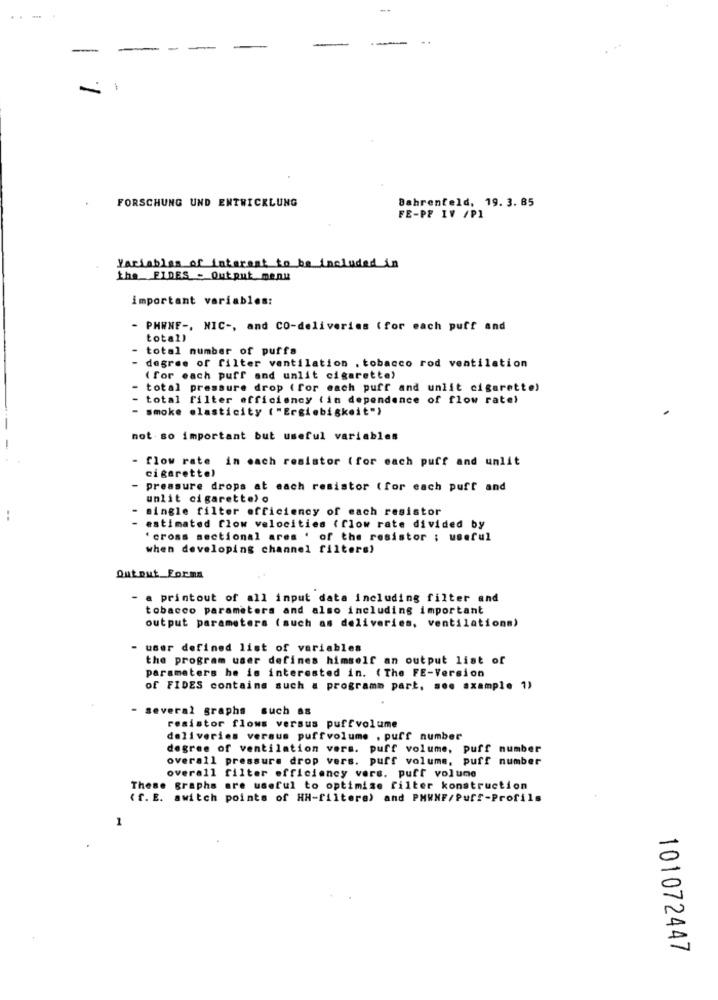
-
-
FORSCHUNG UND ENTWICKLUNG
Bahrenfeld, 19. 3. 85
FE-PP IV /P1
Variables of interest to be included in
the FIDES - Output manu
important variables:
- PHWNF -, NIC -, and CO-deliveries (for each puff and
total)
- total number of puffs
degree of filter ventilation . tobacco rod ventilation
( for each puff and unlit cigarette)
total pressure drop ( for each puff and unlit cigarette)
total filter efficiency (in dependence of flow rate}
- smoke elasticity ("Ergiebigkeit")
...
not so important but useful variables
- flow rate in each resistor (for each puff and unlit
cigarettel
- pressure drops at each resistor (for each puff and
unlit cigarette> o
single filter efficiency of each resistor
:
estimated flow velocities (flow rate divided by
'cross sectional ares ' of the resistor ; useful
when developing channel filters)
Qutout Forma
- a printout of all input data including filter and
tobacco parameters and also including important
output parameters (such as deliveries, ventilations)
- user defined list of variables
the program user defines himself an output list of
parameters he is interested in. (The FE-Version
of FIDES contains such a programm part, see axample 1)
several graphs such as
resistor flows versus puffvolume
deliveries versus puffvolume . puff number
degree of ventilation vers. puff volume, puff number
overall pressure drop vers. puff volume, puff number
overall filter efficiency vers. puff volume
These graphs are useful to optimize filter konstruction
(f. E. awitch points of HH-filtere) and PHWNF/Puff-Profils
101072447